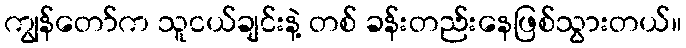
ကျွန်တော်က သူငယ်ချင်းနဲ့ တစ် ခန်းတည်းနေဖြစ်သွားတယ်။